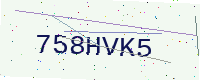
Text: 758HVK5